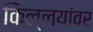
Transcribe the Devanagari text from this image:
किल्लयांवर